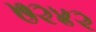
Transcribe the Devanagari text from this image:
७२४२